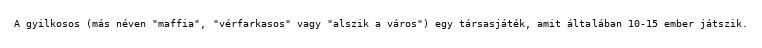
A gyilkosos (más néven "maffia", "vérfarkasos" vagy "alszik a város") egy társasjáték, amit általában 10-15 ember játszik.